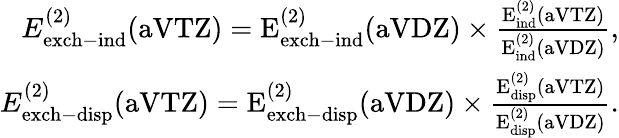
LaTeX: \begin{array}{r}{E_{\mathrm{exch-ind}}^{(2)}(\mathrm{aVTZ)=E_{\mathrm{exch-ind}}^{(2)}(\mathrm{aVDZ)\times\frac{E_{\mathrm{ind}}^{(2)}(\mathrm{aVTZ)}}{E_{\mathrm{ind}}^{(2)}(\mathrm{aVDZ)}},}}}\\ {E_{\mathrm{exch-disp}}^{(2)}(\mathrm{aVTZ)=E_{\mathrm{exch-disp}}^{(2)}(\mathrm{aVDZ)\times\frac{E_{\mathrm{disp}}^{(2)}(\mathrm{aVTZ)}}{E_{\mathrm{disp}}^{(2)}(\mathrm{aVDZ)}}.}}}\end{array}